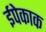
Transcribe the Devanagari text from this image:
ईपेकाक